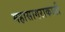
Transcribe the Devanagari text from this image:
महासागराकाठी